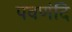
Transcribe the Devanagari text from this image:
पवणंदि